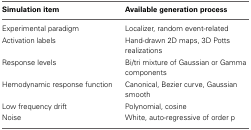
<table><thead><tr><td><b>Simulation item</b></td><td><b>Available generation process</b></td></tr></thead><tbody><tr><td>Experimental paradigm</td><td>Localizer, random event-related</td></tr><tr><td>Activation labels</td><td>Hand-drawn 2D maps, 3D Potts realizations</td></tr><tr><td>Response levels</td><td>Bi/tri mixture of Gaussian or Gamma components</td></tr><tr><td>Hemodynamic response function</td><td>Canonical, Bezier curve, Gaussian smooth</td></tr><tr><td>Low frequency drift</td><td>Polynomial, cosine</td></tr><tr><td>Noise</td><td>White, auto-regressive of order p</td></tr></tbody></table>